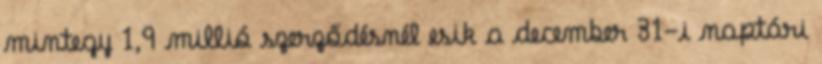
mintegy 1,9 millió szerződésnél esik a december 31-i naptári